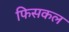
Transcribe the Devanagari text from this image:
फिसकल